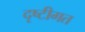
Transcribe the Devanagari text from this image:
दृष्टीगत